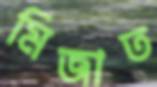
মিজাত